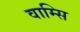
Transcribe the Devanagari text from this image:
वाम्सि